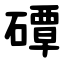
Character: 磹